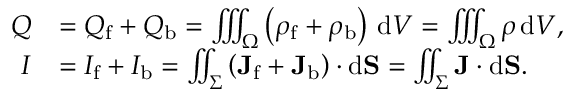
{ \begin{array} { r l } { Q } & { = Q _ { \mathrm { f } } + Q _ { \mathrm { b } } = \iiint _ { \Omega } \left( \rho _ { \mathrm { f } } + \rho _ { \mathrm { b } } \right) \, \mathrm { d } V = \iiint _ { \Omega } \rho \, \mathrm { d } V , } \\ { I } & { = I _ { \mathrm { f } } + I _ { \mathrm { b } } = \iint _ { \Sigma } \left( \mathbf { J } _ { \mathrm { f } } + \mathbf { J } _ { \mathrm { b } } \right) \cdot \mathrm { d } \mathbf { S } = \iint _ { \Sigma } \mathbf { J } \cdot \mathrm { d } \mathbf { S } . } \end{array} }